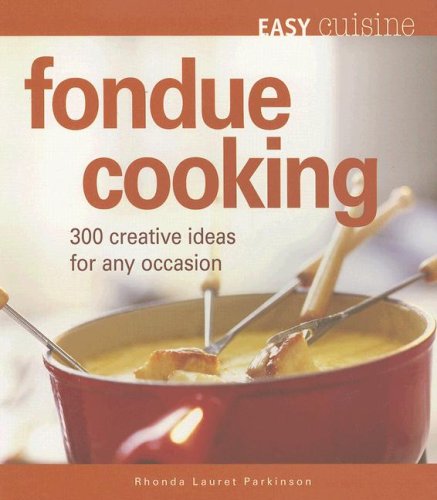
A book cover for Easy Cuisine: Fondue Cooking: 300 Creative Ideas for Any Occasion; Rhonda Lauret Parkinson; Cookbooks, Food & Wine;